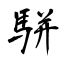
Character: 駢